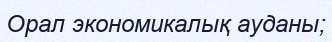
Орал экономикалық ауданы;